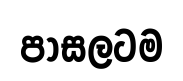
පාසලටම